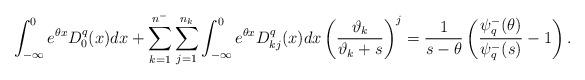
LaTeX: \begin{align*}&\int_{-\infty}^{0}e^{\theta x}D^q_0(x)dx +\sum_{k=1}^{n^-}\sum_{j=1}^{n_k} \int_{-\infty}^{0}e^{\theta x}D^q_{kj}(x)dx\left(\frac{\vartheta_k}{\vartheta_k+s}\right)^j=\frac{1}{s-\theta}\left(\frac{\psi_q^-(\theta)}{\psi_q^-(s)}-1\right).\end{align*}